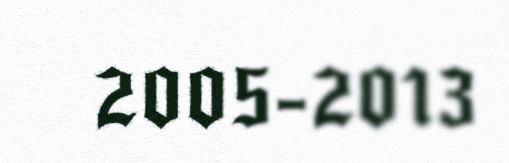
2005-2013